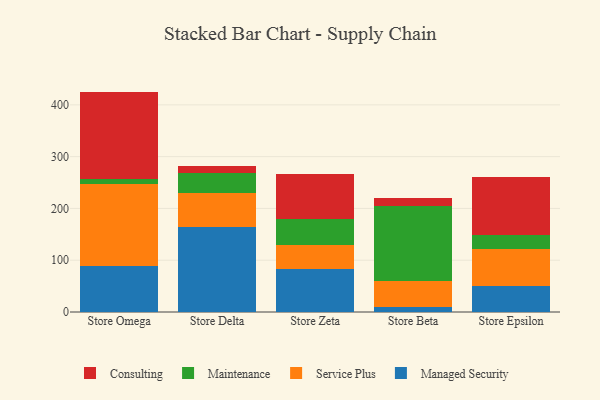
{"axis": {"x": "Store", "y": "Bounce Rate (%)"}, "legend": ["Consulting", "Maintenance", "Managed Security", "Service Plus"], "data": [{"x": "Store Omega", "y": 88.8, "type": "Managed Security"}, {"x": "Store Omega", "y": 157.7, "type": "Service Plus"}, {"x": "Store Omega", "y": 10.2, "type": "Maintenance"}, {"x": "Store Omega", "y": 168.9, "type": "Consulting"}, {"x": "Store Delta", "y": 164.4, "type": "Managed Security"}, {"x": "Store Delta", "y": 64.8, "type": "Service Plus"}, {"x": "Store Delta", "y": 39.8, "type": "Maintenance"}, {"x": "Store Delta", "y": 13.4, "type": "Consulting"}, {"x": "Store Zeta", "y": 83.6, "type": "Managed Security"}, {"x": "Store Zeta", "y": 46.5, "type": "Service Plus"}, {"x": "Store Zeta", "y": 49.1, "type": "Maintenance"}, {"x": "Store Zeta", "y": 88.0, "type": "Consulting"}, {"x": "Store Beta", "y": 9.0, "type": "Managed Security"}, {"x": "Store Beta", "y": 51.3, "type": "Service Plus"}, {"x": "Store Beta", "y": 145.2, "type": "Maintenance"}, {"x": "Store Beta", "y": 15.0, "type": "Consulting"}, {"x": "Store Epsilon", "y": 51.0, "type": "Managed Security"}, {"x": "Store Epsilon", "y": 71.2, "type": "Service Plus"}, {"x": "Store Epsilon", "y": 25.7, "type": "Maintenance"}, {"x": "Store Epsilon", "y": 111.9, "type": "Consulting"}]}